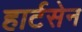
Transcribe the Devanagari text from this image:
हार्टसेन